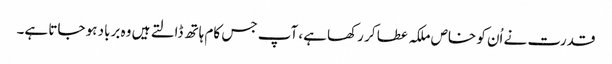
قدرت نے اُن کو خاص ملکہ عطا کر رکھا ہے، آپ جس کام ہاتھ ڈالتے ہیں وہ برباد ہو جاتا ہے۔